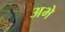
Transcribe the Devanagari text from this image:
अभे